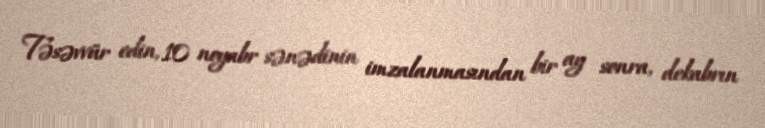
Təsəvvür edin, 10 noyabr sənədinin imzalanmasından bir ay sonra, dekabrın